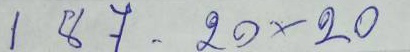
187 - 20 x 20